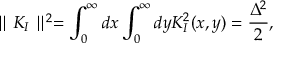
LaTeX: \parallel K _ { I } \parallel ^ { 2 } = \int _ { 0 } ^ { \infty } d x \int _ { 0 } ^ { \infty } d y K _ { I } ^ { 2 } ( x , y ) = { \frac { \Delta ^ { 2 } } { 2 } } ,